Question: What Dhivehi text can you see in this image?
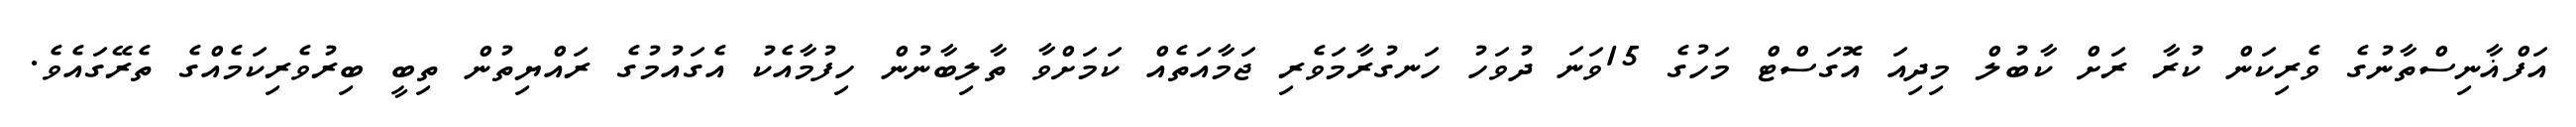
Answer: އަފްޣާނިސްތާނުގެ ވެރިކަން ކުރާ ރަށް ކާބުލް މިދިއަ އޮގަސްޓް މަހުގެ 15ވަނަ ދުވަހު ހަނގުރާމަވެރި ޖަމާއަތެއް ކަމަށްވާ ތާލިބާނުން ހިފުމާއެކު އެގައުމުގެ ރައްޔިތުން ތިބީ ބިރުވެރިކަމެއްގެ ތެރޭގައެވެ.